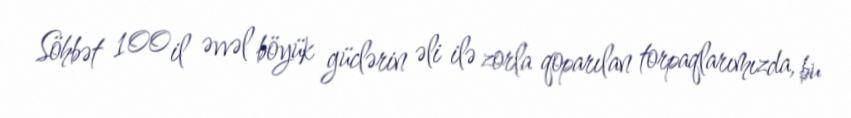
Söhbət 100 il əvvəl böyük güclərin əli ilə zorla qoparılan torpaqlarımızda, bu